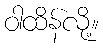
ဝါထိန်လို့။